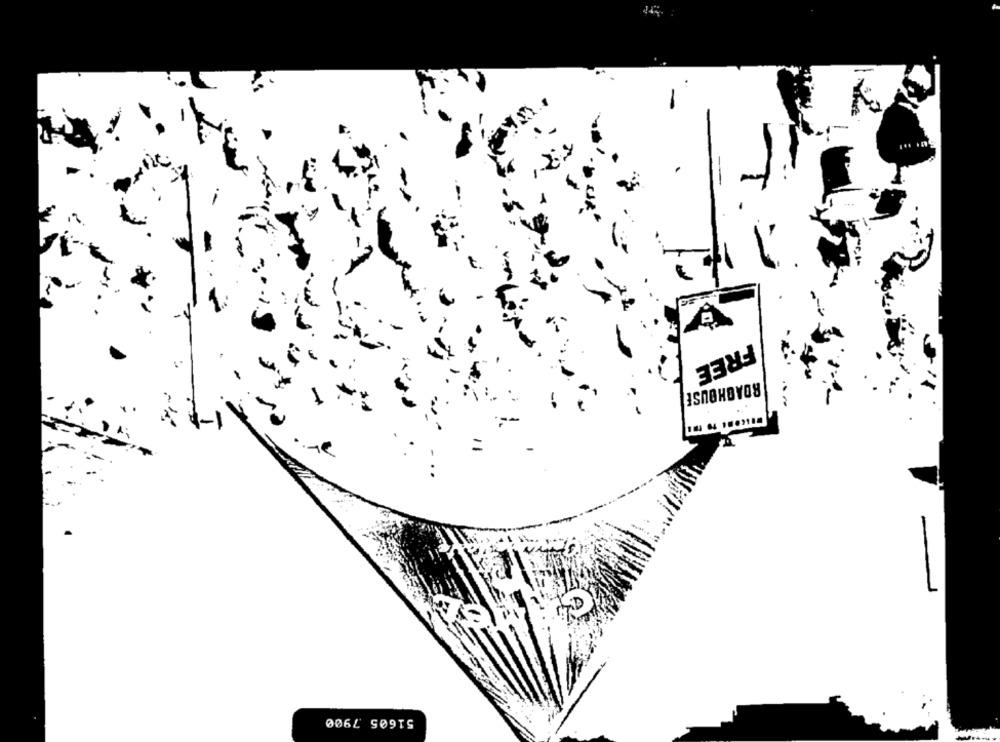
FREE
ISNGHOYOS
=
-
51605 7900